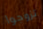
تزوجوا